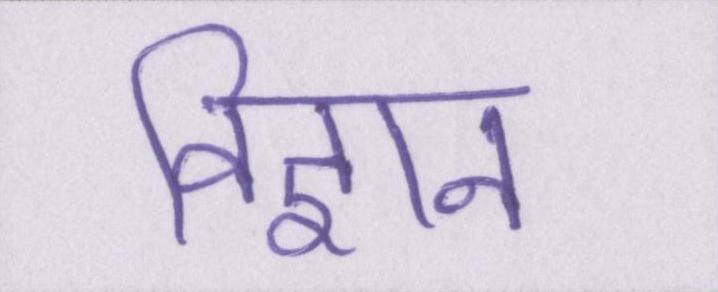
विज्ञान